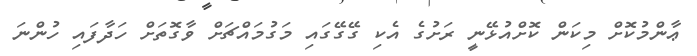
ޢާންމުކޮށް މިކަން ކޮށްއުޅޭނީ ރަށުގެ އެކި ގޭގޭގައި މަގުމައްޗަށް ވާގޮތަށް ހަދާފައި ހުންނަ